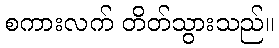
စကားလက် တိတ်သွားသည်။